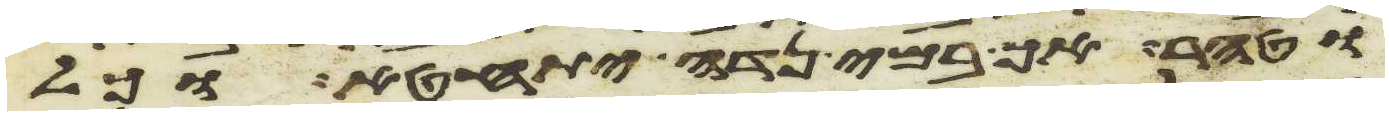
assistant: וטהר אך במי נדה יתחטא וכל